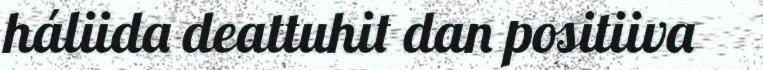
háliida deattuhit dan positiiva